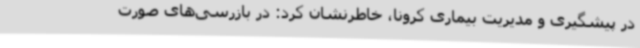
در پیشگیری و مدیریت بیماری کرونا، خاطرنشان کرد: در بازرسی‌های صورت